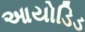
આયોડિડ